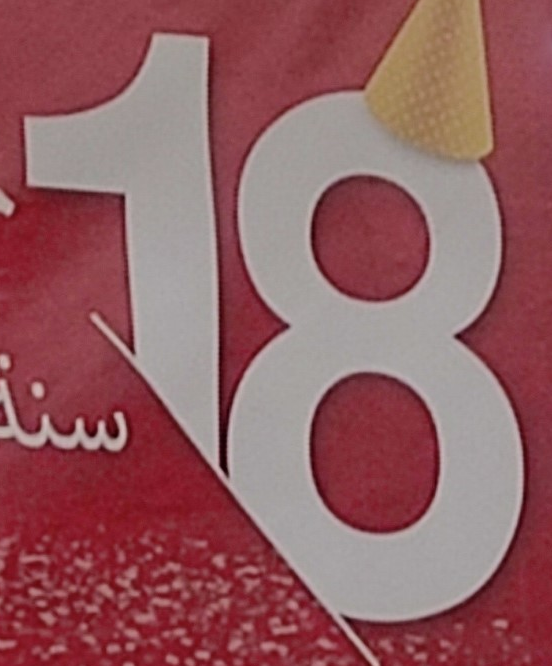
18